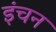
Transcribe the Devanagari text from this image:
इंचन